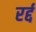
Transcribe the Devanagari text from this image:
रर्द्द